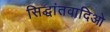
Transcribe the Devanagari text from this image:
सिद्धांतवादिओ